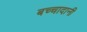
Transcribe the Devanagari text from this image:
बच्चादानी